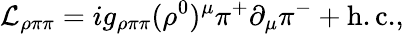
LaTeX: {\cal L}_{\rho\pi\pi}=ig_{\rho\pi\pi}(\rho^{0})^{\mu}\pi^{+}\partial_{\mu}\pi^{-}+\mathrm{h.c.},